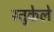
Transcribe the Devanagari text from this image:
स्तुकेले